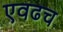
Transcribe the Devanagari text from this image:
एवढच